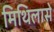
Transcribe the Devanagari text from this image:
मिथिलासे